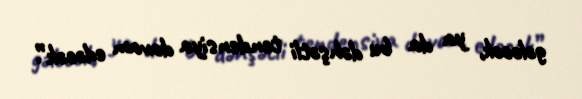
gələcək, ya da bu dəhşətli tendensiya davam edəcək”.